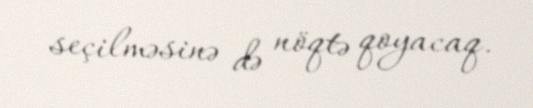
seçilməsinə də nöqtə qoyacaq.